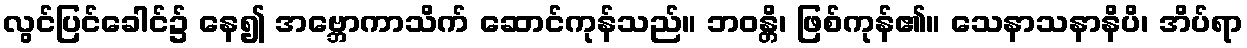
လွင်ပြင်ခေါင်၌ နေ၍ အဗ္ဘောကာသိက် ဆောင်ကုန်သည်။ ဘဝန္တိ၊ ဖြစ်ကုန်၏။ သေနာသနာနိပိ၊ အိပ်ရာ